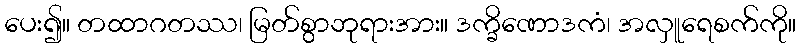
ပေး၍။ တထာဂတဿ၊ မြတ်စွာဘုရားအား။ ဒက္ခိဏောဒကံ၊ အလှူရေစက်ကို။